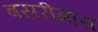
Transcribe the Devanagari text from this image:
बसरीमारा